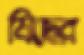
মিছের